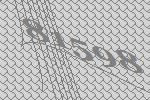
81598